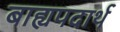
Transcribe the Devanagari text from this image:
बाह्यपदार्थ